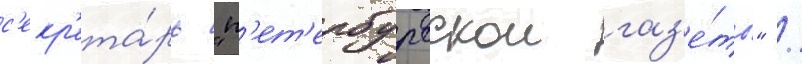
с'екр'ета́рь "п'ет'ербургскои газ'е́ты" /